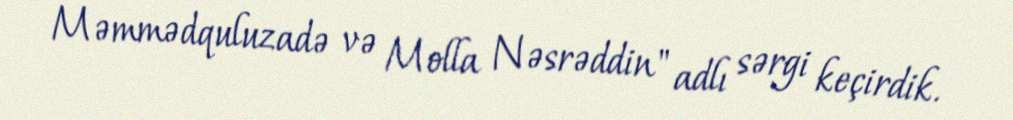
Məmmədquluzadə və Molla Nəsrəddin" adlı sərgi keçirdik.